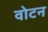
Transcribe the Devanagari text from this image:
वोटन